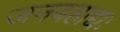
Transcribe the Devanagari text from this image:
जनबहाद्यः